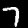
Label: 7